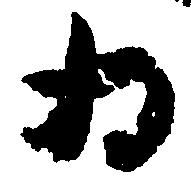
為